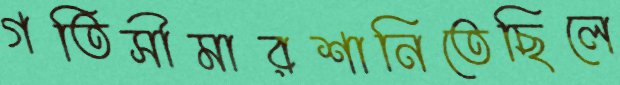
গতিসীমারশানিতেছিলে